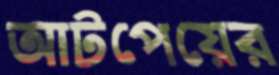
আটপেয়ের